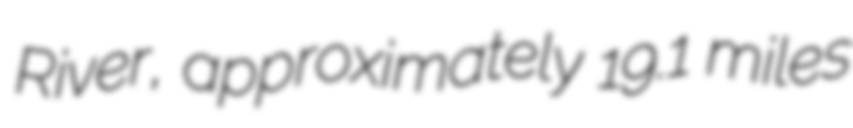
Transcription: River, approximately 19.1 miles